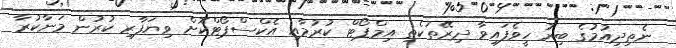
ނެތިިދިއުމުގެ ބިރު ހީވެފައިވާ ދިރޭތަކެތި އިމްޕޯޓް ކުރުމާއި އެކްސްޕޯޓްކޮށް ވިޔަފާރި ކުރުން މަނާކުރާ